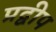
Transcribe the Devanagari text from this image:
प्रद्वीप